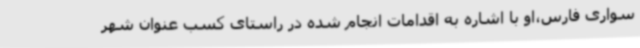
سواری فارس،او با اشاره به اقدامات انجام شده در راستای کسب عنوان شهر